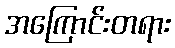
အကြောင်းတရား